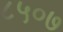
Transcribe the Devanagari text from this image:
८५०७